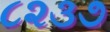
૮૨૩૭